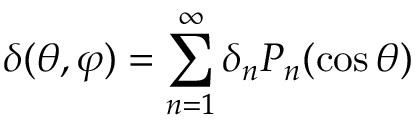
\delta ( \theta , \varphi ) = \sum _ { n = 1 } ^ { \infty } \delta _ { n } P _ { n } ( \cos \theta )